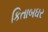
કિતાબઘર